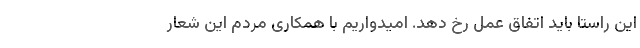
این راستا باید اتفاق عمل رخ دهد. امیدواریم با همکاری مردم این شعار